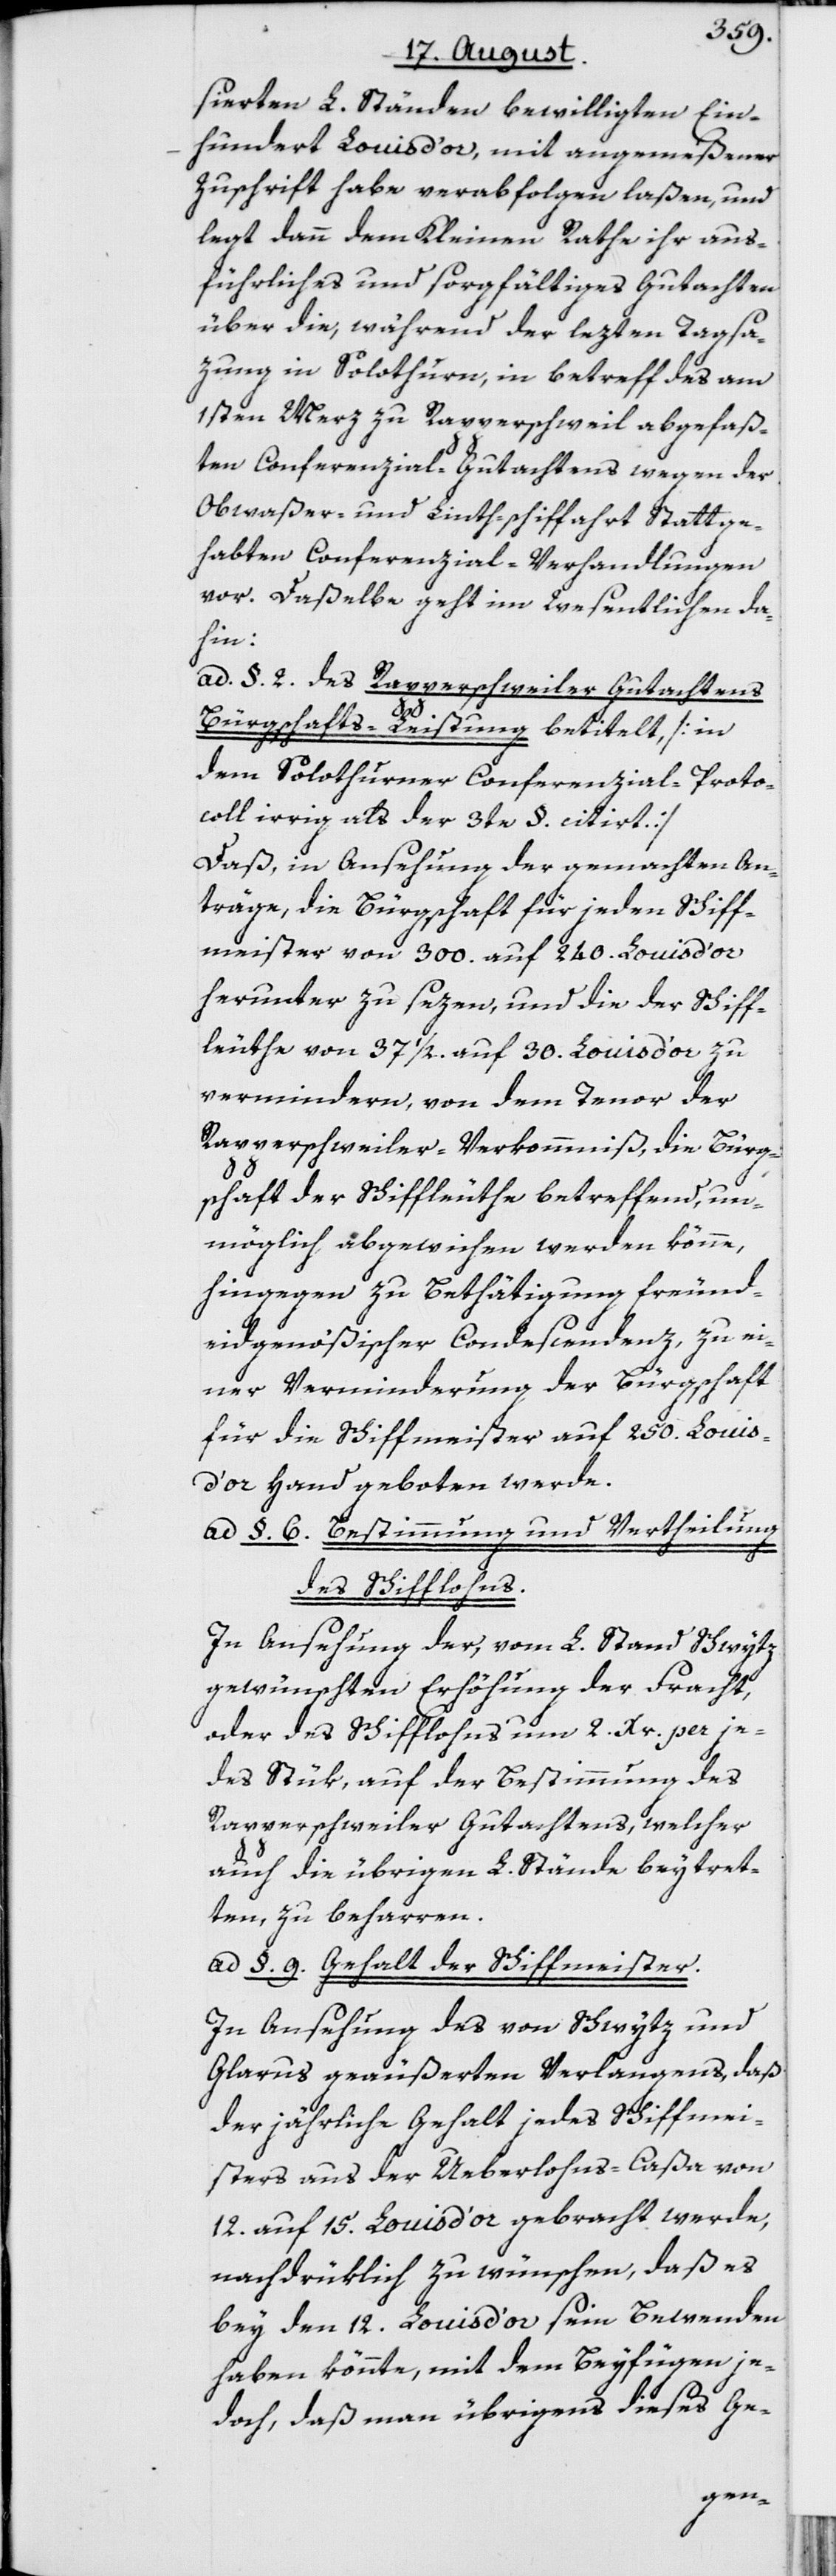
sierten L. Ständen bewilligten Ein¬
hundert Louis d’or, mit angemeßener
Zuschrift habe verabfolgen laßen, und
legt dann dem Kleinen Rathe ihr aus¬
führliches und sorgfältiges Gutachten
über die, während der lezten Tagsa¬
zung in Solothurn, in betreff des am
1sten Merz zu Rapperschweil abgefaß¬
ten Conferenzial-Gutachtens wegen der
Ob[er]waßer- und Linth-schiffahrt Statt ge¬
habten Conferenzial-Verhandlungen
vor. Daßelbe geht im Wesentlichen da¬
hin:
ad. §. 2. des Rapperschweiler Gutachtens
Bürgschafts-Leistung betitelt, [in
dem Solothurner Conferenzial-Proto¬
coll irrig als der 3te §. citirt.]
Daß, in Ansehung der gemachten An¬
träge, die Bürgschaft für jeden Schiff¬
meister von 300. auf 240. Louis d’or
herunter zu sezen, und die der Schiff¬
leuthe von 37 1/2. auf 30. Louis d’or zu
vermindern, von dem Tenor der
Rapperschweiler-Verkommniß, die Bürg¬
schaft der Schiffleuthe betreffend, un¬
möglich abgewichen werden könne,
hingegen zu Bethätigung freund¬
eidgenößischer Condescendenz, zu ei¬
ner Verminderung der Bürgschaft
für die Schiffmeister auf 250. Louis
d’or Hand geboten werde.
ad §. 6. Bestimmung und Vertheilung
des Schifflohns.
In Ansehung der, vom L. Stand Schwytz
gewünschten Erhöhung der Fracht,
oder des Schifflohns um 2. Xr. per je¬
des Stük, auf der Bestimmung des
Rapperschweiler Gutachtens, welcher
auch die übrigen L. Stände beytret¬
ten, zu beharren.
ad §. 9. Gehalt der Schiffmeister.
In Ansehung des von Schwytz und
Glarus geäußerten Verlangens, daß
der jährliche Gehalt jedes Schiffmei¬
sters aus der Ueberlohns-Caßa von
12. auf 15. Louis d’or gebracht werde,
nachdrüklich zu wünschen, daß es
bey den 12. Louis d’or sein Bewenden
haben könnte, mit dem Beyfügen je¬
doch, daß man übrigens dieses Ge-